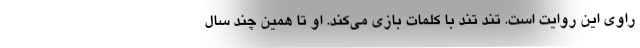
راوی این روایت است. تند تند با کلمات بازی می‌کند. او تا همین چند سال